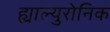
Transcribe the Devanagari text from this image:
ह्याल्युरोनिक